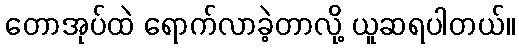
တောအုပ်ထဲ ရောက်လာခဲ့တာလို့ ယူဆရပါတယ်။